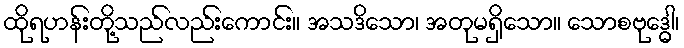
ထိုရဟန်းတို့သည်လည်းကောင်း။ အသဒိသော၊ အတုမရှိသော။ သောစဗုဒ္ဓေါ၊